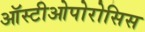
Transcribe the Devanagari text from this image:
ऑस्टीओपोरोसिस